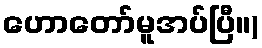
ဟောတော်မူအပ်ပြီ။)